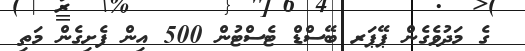
ގެ މަދުވެގެން ޕޭޕަރ ބޭސްޑް ޓެސްޓުން 500 އިން ފެށިގެން މަތި